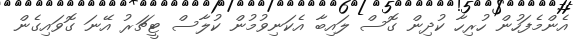
އެންމެފަހުން ހުރިހާ ކުދިން ގޮސް ލައިބާ އެކަނިވުމުން ކުލާސް ޓީޗަރު އޭނަ ގޮވައިގެން